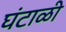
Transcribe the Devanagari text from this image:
घंटाळी